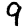
Digit: 9